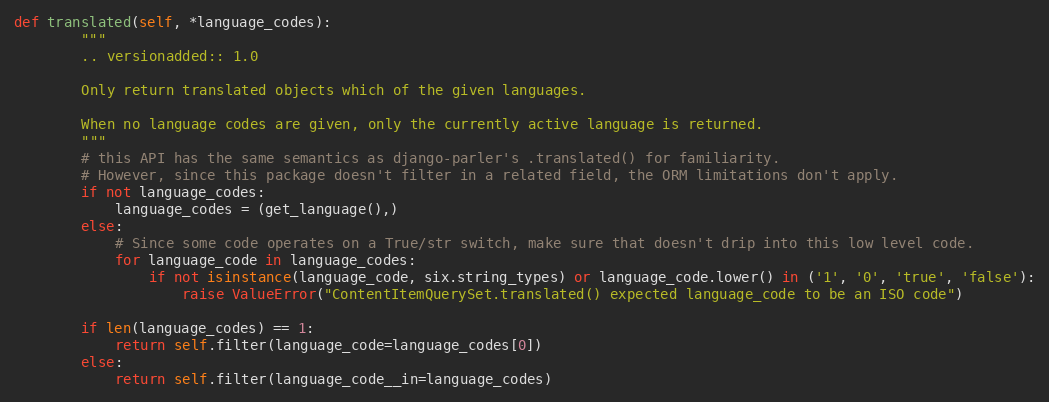
Language: Python
def translated(self, *language_codes):
        """
        .. versionadded:: 1.0

        Only return translated objects which of the given languages.

        When no language codes are given, only the currently active language is returned.
        """
        # this API has the same semantics as django-parler's .translated() for familiarity.
        # However, since this package doesn't filter in a related field, the ORM limitations don't apply.
        if not language_codes:
            language_codes = (get_language(),)
        else:
            # Since some code operates on a True/str switch, make sure that doesn't drip into this low level code.
            for language_code in language_codes:
                if not isinstance(language_code, six.string_types) or language_code.lower() in ('1', '0', 'true', 'false'):
                    raise ValueError("ContentItemQuerySet.translated() expected language_code to be an ISO code")

        if len(language_codes) == 1:
            return self.filter(language_code=language_codes[0])
        else:
            return self.filter(language_code__in=language_codes)